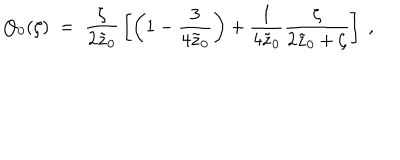
LaTeX: Q _ { 0 } ( \zeta ) \; = \; { \frac { \zeta } { 2 \tilde { z } _ { 0 } } } \left[ \left( 1 - { \frac { 3 } { 4 \tilde { z } _ { 0 } } } \right) + { \frac { 1 } { 4 \tilde { z } _ { 0 } } } { \frac { \zeta } { 2 \tilde { z } _ { 0 } + \zeta } } \right] \; ,